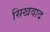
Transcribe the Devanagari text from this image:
सिखवाद